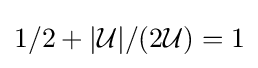
1/2+|{\mathcal {U}}|/(2{\mathcal {U}})=1